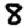
Digit: 8